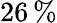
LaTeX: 26\, \%